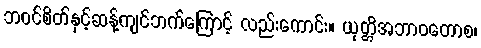
ဘဝင်စိတ်နှင့်ဆန့်ကျင်ဘက်ကြောင့် လည်းကောင်း။ ယုတ္တိအဘာဝတောစ၊